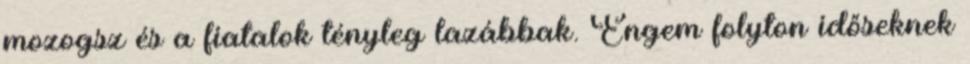
mozogsz és a fiatalok tényleg lazábbak. Engem folyton időseknek